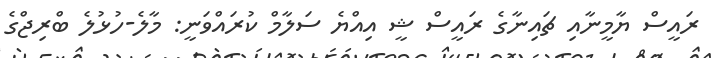
ރައީސް ޔާމީނާއި ޗައިނާގެ ރައީސް ޝީ އިއްޔެ ސަލާމް ކުރައްވަނީ: މާލެ-ހުޅުލެ ބްރިޖްގެ